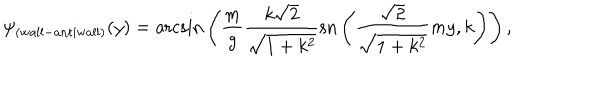
\psi _ { \mathrm { ( w a l l - a n t i w a l l ) } } ( y ) = \mathrm { a r c s i n } \left( { \frac { m } { g } } \frac { k \sqrt 2 } { \sqrt { 1 + k ^ { 2 } } } \mathrm { s n } \left( { \frac { \sqrt 2 } { \sqrt { 1 + k ^ { 2 } } } } m y , k \right) \right) ,